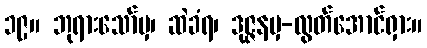
၁၉။ ဘုရားသော်မှ၊ ဆဲခံရ၊ ဒုဇ္ဇနမှ-လွတ်အောင်ရှား။